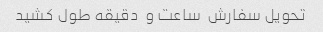
تحویل سفارش  ساعت و  دقیقه طول کشید